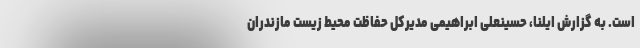
است. به گزارش ایلنا، حسینعلی ابراهیمی مدیرکل حفاظت محیط زیست مازندران